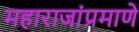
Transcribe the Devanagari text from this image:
महाराजांप्रमाणे